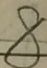
8